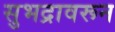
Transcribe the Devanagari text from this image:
सुभद्रावरून